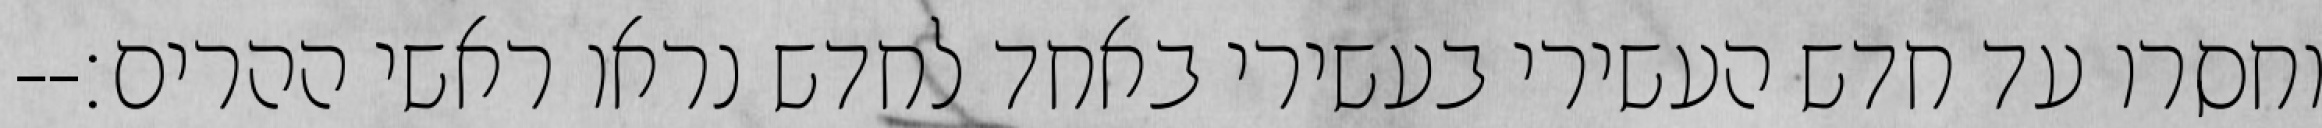
וחסרו עד חדש העשירי בעשירי באחד לחדש נראו ראשי ההרים׃--